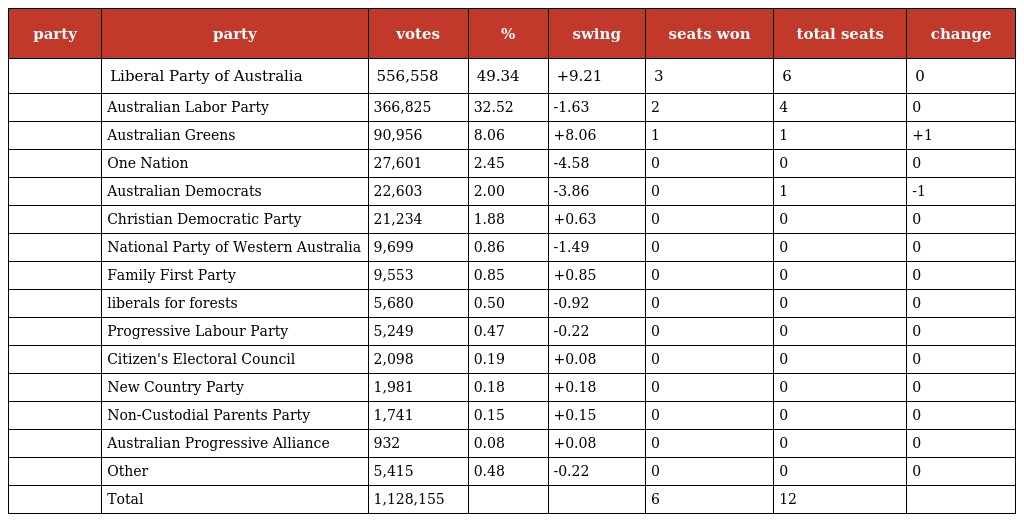
| party | party | votes | % | swing | seats won | total seats | change |
 | --- | --- | --- | --- | --- | --- | --- | --- |
 |  | Liberal Party of Australia | 556,558 | 49.34 | +9.21 | 3 | 6 | 0 |
 |  | Australian Labor Party | 366,825 | 32.52 | -1.63 | 2 | 4 | 0 |
 |  | Australian Greens | 90,956 | 8.06 | +8.06 | 1 | 1 | +1 |
 |  | One Nation | 27,601 | 2.45 | -4.58 | 0 | 0 | 0 |
 |  | Australian Democrats | 22,603 | 2.00 | -3.86 | 0 | 1 | -1 |
 |  | Christian Democratic Party | 21,234 | 1.88 | +0.63 | 0 | 0 | 0 |
 |  | National Party of Western Australia | 9,699 | 0.86 | -1.49 | 0 | 0 | 0 |
 |  | Family First Party | 9,553 | 0.85 | +0.85 | 0 | 0 | 0 |
 |  | liberals for forests | 5,680 | 0.50 | -0.92 | 0 | 0 | 0 |
 |  | Progressive Labour Party | 5,249 | 0.47 | -0.22 | 0 | 0 | 0 |
 |  | Citizen's Electoral Council | 2,098 | 0.19 | +0.08 | 0 | 0 | 0 |
 |  | New Country Party | 1,981 | 0.18 | +0.18 | 0 | 0 | 0 |
 |  | Non-Custodial Parents Party | 1,741 | 0.15 | +0.15 | 0 | 0 | 0 |
 |  | Australian Progressive Alliance | 932 | 0.08 | +0.08 | 0 | 0 | 0 |
 |  | Other | 5,415 | 0.48 | -0.22 | 0 | 0 | 0 |
 |  | Total | 1,128,155 |  |  | 6 | 12 |  |